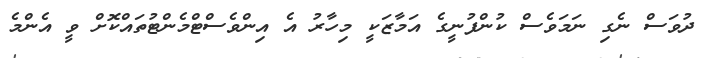
ދުވަސް ނެގި ނަމަވެސް ކުންފުނީގެ އަމާޒަކީ މިހާރު އެ އިންވެސްޓްމެންޓުތައްކޮށް ވީ އެންމެ